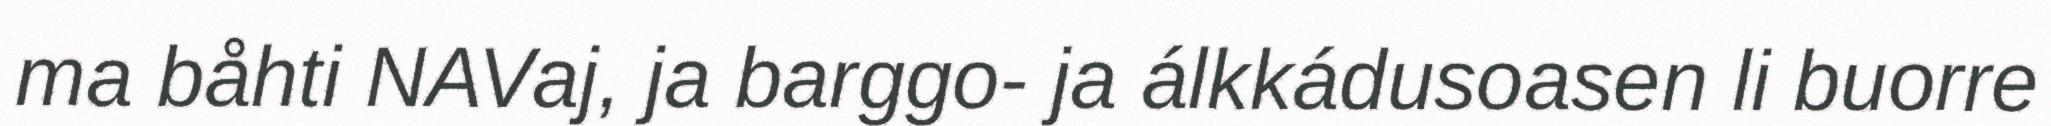
ma båhti NAVaj, ja barggo- ja álkkádusoasen li buorre